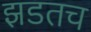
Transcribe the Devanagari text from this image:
झडतच